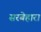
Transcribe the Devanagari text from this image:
सरबेहारा